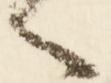
々